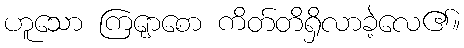
ဟူသော ကြျောစော ကိတ်တိရှိလာခဲ့လေ၏။